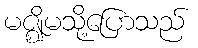
မဇ္ဈိမသို့ပြောသည်